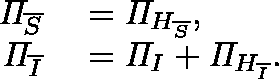
\begin{array} { r l } { \mathit { \Pi } _ { \overline { { S } } } } & { { } = \mathit { \Pi } _ { H _ { \overline { { S } } } } , } \\ { \mathit { \Pi } _ { \overline { { I } } } } & { { } = \mathit { \Pi } _ { I } + \mathit { \Pi } _ { H _ { \overline { { I } } } } . } \end{array}